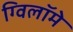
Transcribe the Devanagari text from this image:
ग्विलॉमे